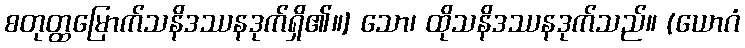
စတုတ္ထမြောက်သနိဒဿနဒုက်ရှိ၏။] သော၊ ထိုသနိဒဿနဒုက်သည်။ (ယောဂံ